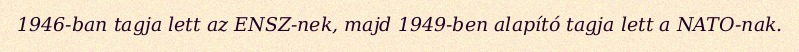
1946-ban tagja lett az ENSZ-nek, majd 1949-ben alapító tagja lett a NATO-nak.